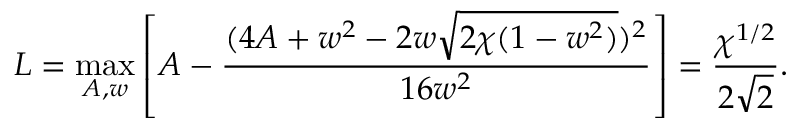
L = \operatorname* { m a x } _ { A , w } \left[ A - \frac { ( 4 A + w ^ { 2 } - 2 w \sqrt { 2 \chi ( 1 - w ^ { 2 } ) } ) ^ { 2 } } { 1 6 w ^ { 2 } } \right] = \frac { \chi ^ { 1 / 2 } } { 2 \sqrt { 2 } } .